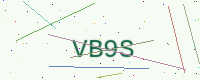
Text: VB9S